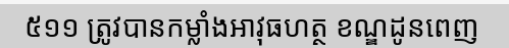
៥១១ ត្រូវបានកម្លាំងអាវុធហត្ថ ខណ្ឌដូនពេញ